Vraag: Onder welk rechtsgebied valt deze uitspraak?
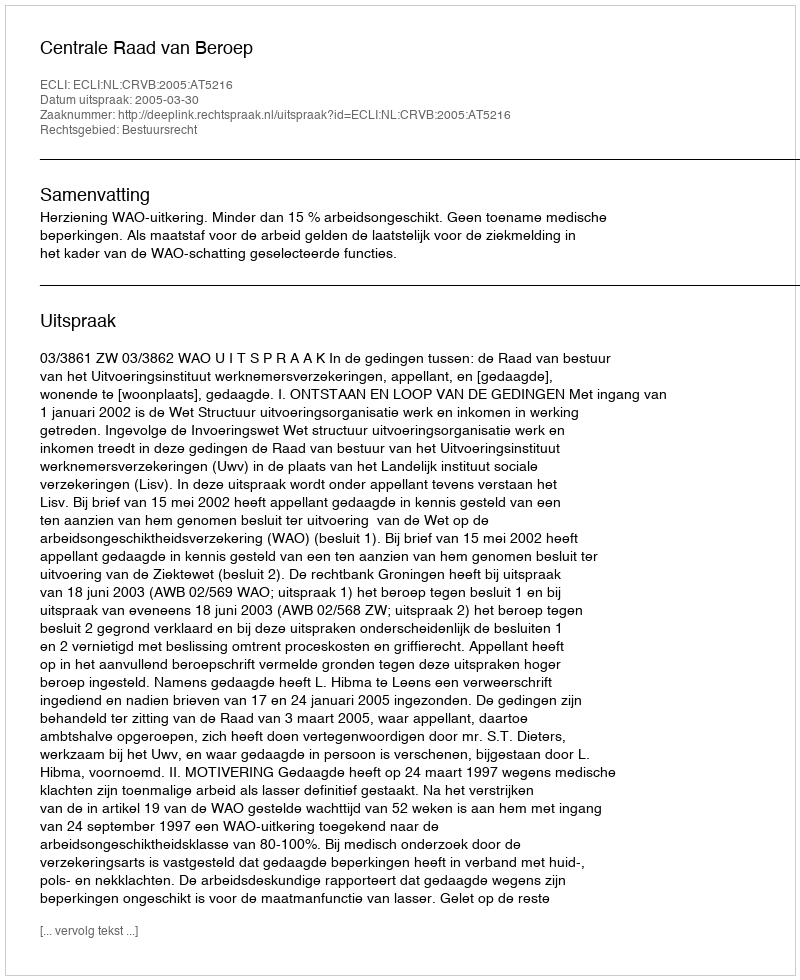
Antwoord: Bestuursrecht